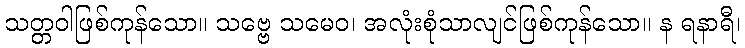
သတ္တဝါဖြစ်ကုန်သော။ သဗ္ဗေ သမေဝ၊ အလုံးစုံသာလျင်ဖြစ်ကုန်သော။ န ရနာရီ၊